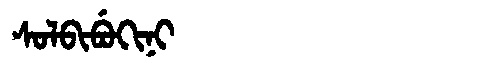
Manchu: ᠰᠣᠯᠪᡳᠪᡠᡴᡳᠨᡳ
Romanization: SOLBIBUKINI